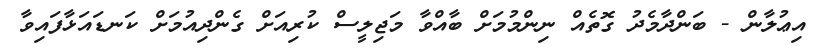
އިޢުލާން - ބަންދާމެދު ގޮތެއް ނިންމުމަށް ބާއްވާ މަޖިލީސް ކުރިއަށް ގެންދިއުމަށް ކަނޑައަޅާފައިވާ